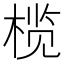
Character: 榄